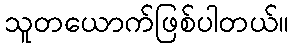
သူတယောက်ဖြစ်ပါတယ်။